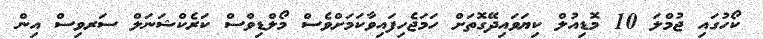
ކޯހުގައި ޖުމްލަ 10 މޮޑިއުލް ކިޔަވައިދޭގޮތަށް ހަމަޖެހިފައިވާކަމަށްވެސް މޯލްޑިވްސް ކަރެކްޝަނަލް ސަރވިސް އިން